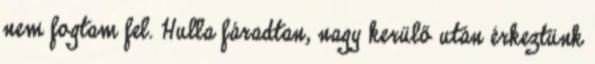
nem fogtam fel. Hulla fáradtan, nagy kerülő után érkeztünk